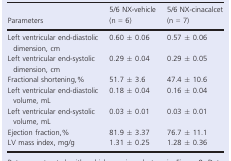
| Parameters | 5/6 NX-vehicle (n = 6) | 5/6 NX-cinacalcet (n = 7) |
 | --- | --- | --- |
 | Left ventricular end-diastolic dimension, cm | 0.60 ± 0.06 | 0.57 ± 0.06 |
 | Left ventricular end-systolic dimension, cm | 0.29 ± 0.04 | 0.29 ± 0.05 |
 | Fractional shortening,% | 51.7 ± 3.6 | 47.4 ± 10.6 |
 | Left ventricular end-diastolic volume, mL | 0.18 ± 0.04 | 0.16 ± 0.04 |
 | Left ventricular end-systolic volume, mL | 0.03 ± 0.01 | 0.03 ± 0.01 |
 | Ejection fraction,% | 81.9 ± 3.37 | 76.7 ± 11.1 |
 | LV mass index, mg/g | 1.31 ± 0.25 | 1.28 ± 0.36 |